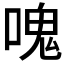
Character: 𠺌